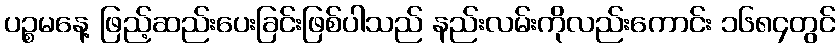
ပဉ္စမနေ့ ဖြည့်ဆည်းပေးခြင်းဖြစ်ပါသည် နည်းလမ်းကိုလည်းကောင်း ၁၆၈၄တွင်